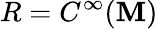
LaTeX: R=C^{\infty}(\mathbf{M})